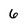
Character: 6